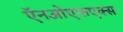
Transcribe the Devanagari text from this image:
ऍनओएफएक्स